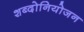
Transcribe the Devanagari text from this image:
शब्दोनियोजन